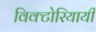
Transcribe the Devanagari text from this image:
विक्टोरियायी